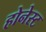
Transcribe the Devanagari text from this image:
होनेस्ट